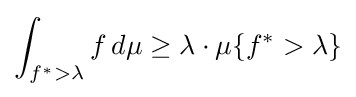
\int _{f^{*}>\lambda }f\,d\mu \geq \lambda \cdot \mu \{f^{*}>\lambda \}